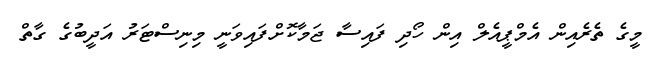
މީގެ ތެރެއިން އެމްޕީއެލް އިން ހޯދި ފައިސާ ޖަމާކޮށްފައިވަނީ މިނިސްޓަރު އަދީބުގެ ގާތް